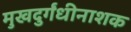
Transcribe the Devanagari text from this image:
मुखदुर्गंधीनाशक